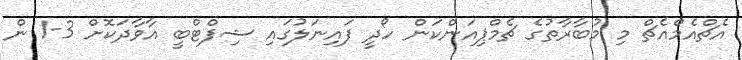
އެޗްއެމްއެޗް މި މުބާރާތުގެ ޗެމްޕިއަންކަން ހޯދީ ފައިނަލުގައި ޝިފްޓްބީ އާވާދަކޮށް 3-1 ން